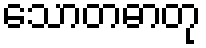
သောတဓာတု